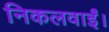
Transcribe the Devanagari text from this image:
निकलवाईं।